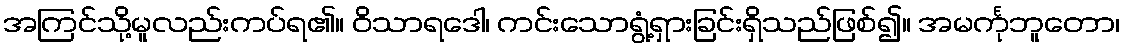
အကြင်သို့မူလည်းကပ်ရ၏။ ဝိသာရဒေါ၊ ကင်းသောရွံ့ရှားခြင်းရှိသည်ဖြစ်၍။ အမင်္ကုဘူတော၊